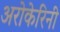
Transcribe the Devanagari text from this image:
अरोकेरिनी